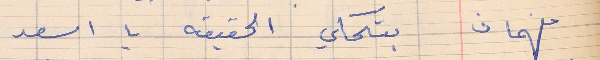
فهمان     بتحكي الحقيقه يا اسعد